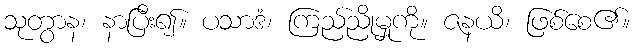
သုတွာန၊ နာပြီး၍။ ပသာဒံ၊ ကြည်ညိုမှုကို။ ဇနယိ၊ ဖြစ်စေ၏။